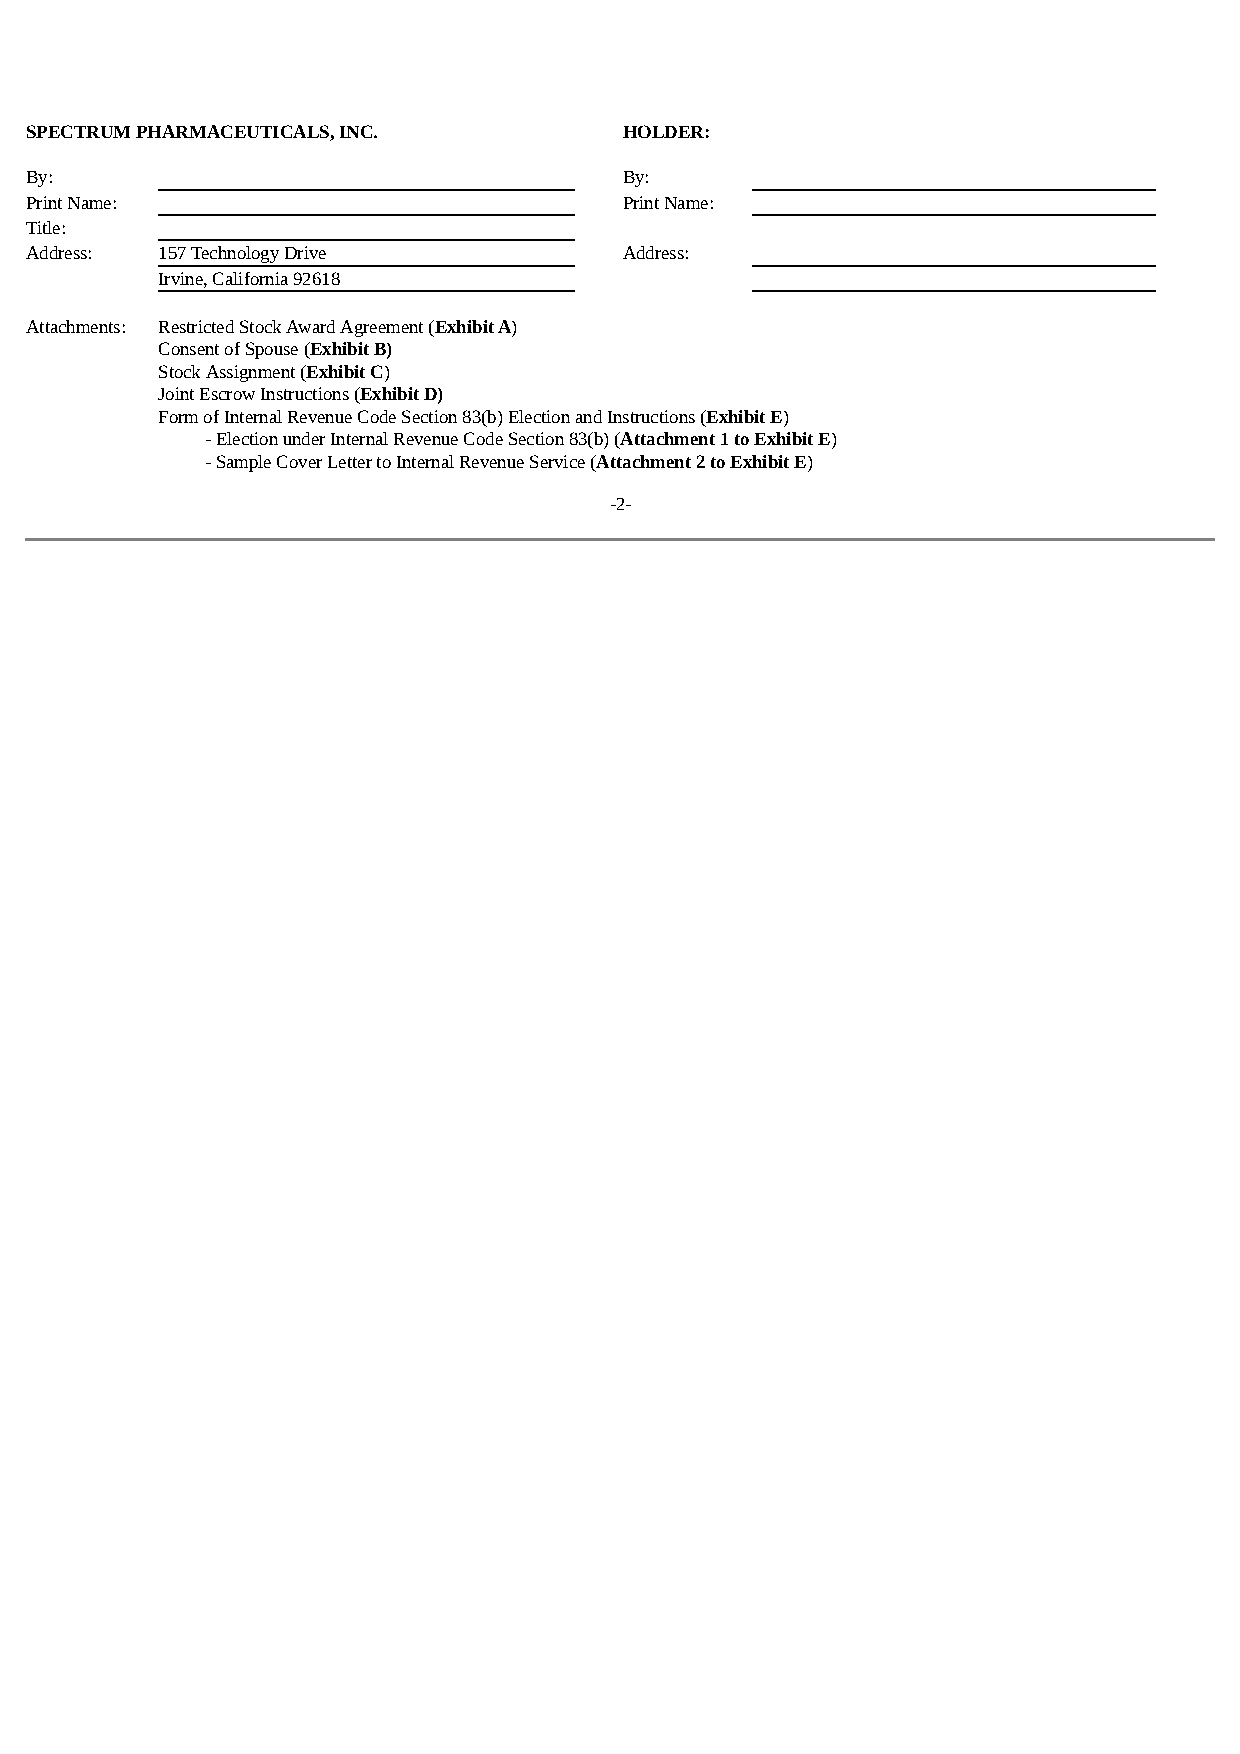
SPECTRUM PHARMACEUTICALS, INC.         HOLDER:
 By:                                    By:
 Print Name:                            Print Name:
 Title:
 Address: 157 Technology Drive          Address:
 Irvine, California 92618
 Attachments: Restricted Stock Award Agreement (Exhibit A)
 Consent of Spouse (Exhibit B)
 Stock Assignment (Exhibit C)
 Joint Escrow Instructions (Exhibit D)
 Form of Internal Revenue Code Section 83(b) Election and Instructions (Exhibit E)
 - Election under Internal Revenue Code Section 83(b) (Attachment 1 to Exhibit E)
 - Sample Cover Letter to Internal Revenue Service (Attachment 2 to Exhibit E)
 -2-